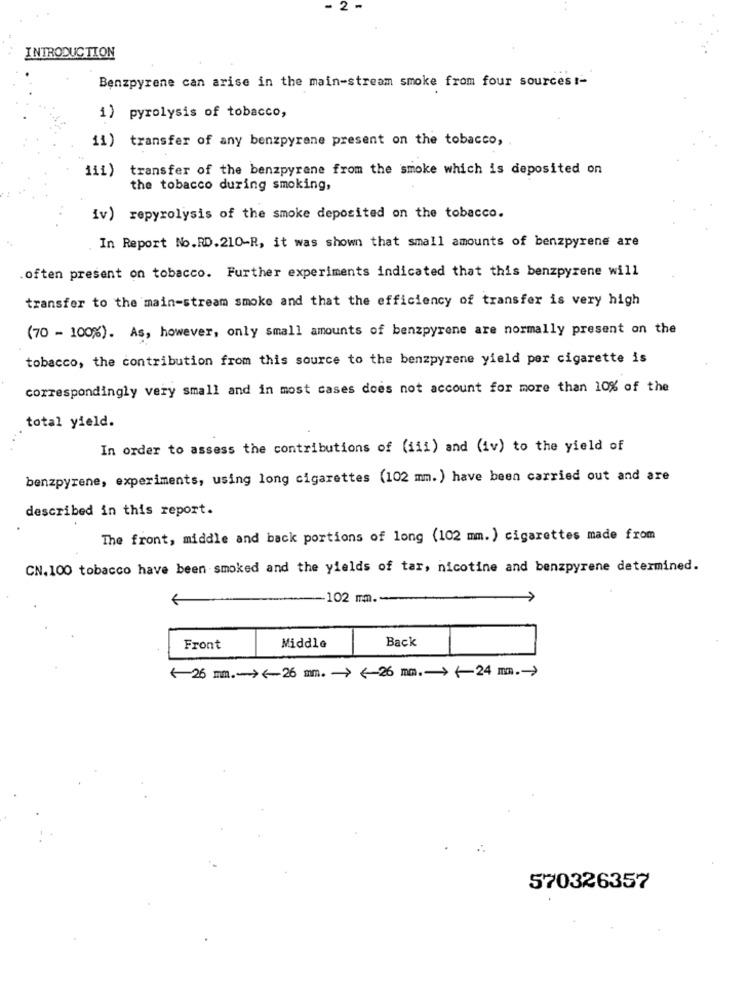
2
INTRODUCTION
Benzpyrene can arise in the main-stream smoke from four sources !-
1) pyrolysis of tobacco,
11) transfer of any benzpyrene present on the tobacco,
transfer of the benzpyrene from the smoke which is deposited on
111)
the tobacco during smoking,
iv) repyrolysis of the smoke deposited on the tobacco.
In Report No.RD.210-R, it was shown that small amounts of benzpyrene are
.often present on tobacco. Further experiments indicated that this benzpyrene will
transfer to the main-stream smoke and that the efficiency of transfer is very high
(70 - 100%). As, however, only small amounts of benzpyrene are normally present on the
tobacco, the contribution from this source to the benzpyrene yield per cigarette is
correspondingly very small and in most cases does not account for more than 10% of the
total yield.
In order to assess the contributions of (iii) and (iv) to the yield of
benzpyrene, experiments, using long cigarettes (102 mm. ) have been carried out and are
described in this report.
The front, middle and back portions of long (102 mm. ) cigarettes made from
CN. 100 tobacco have been smoked and the yields of tar, nicotine and benzpyrene determined.
102 mm .-
Back
Front
Middle
( 26 mm .-- > <- 26 mm. - > (-26 mm .- > (24 m.)
570326357